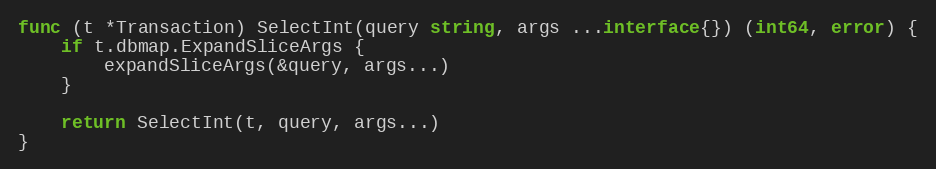
Language: Go
func (t *Transaction) SelectInt(query string, args ...interface{}) (int64, error) {
	if t.dbmap.ExpandSliceArgs {
		expandSliceArgs(&query, args...)
	}

	return SelectInt(t, query, args...)
}